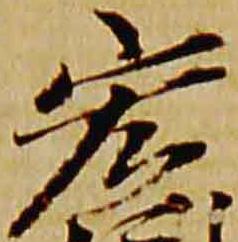
宏